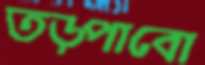
তড়্‌পাবো